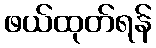
ဖယ်ထုတ်ရန်